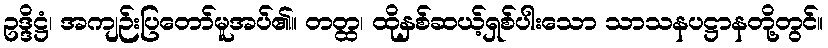
ဥဒ္ဒိဋ္ဌံ၊ အကျဉ်းပြတော်မူအပ်၏။ တတ္ထ၊ ထိုနှစ်ဆယ့်ရှစ်ပါးသော သာသနပဋ္ဌာနတို့တွင်။